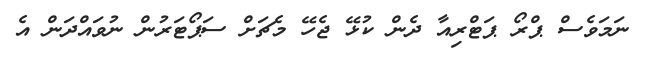
ނަމަވެސް ޕްރޯ ޕަޓްރިއާ ދެން ކުޅޭ ޖެހޭ މެޗަށް ސަޕޯޓަރުން ނުވައްދަން އެ